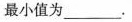
最小值为___.